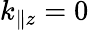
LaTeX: k_{\parallel z}=0